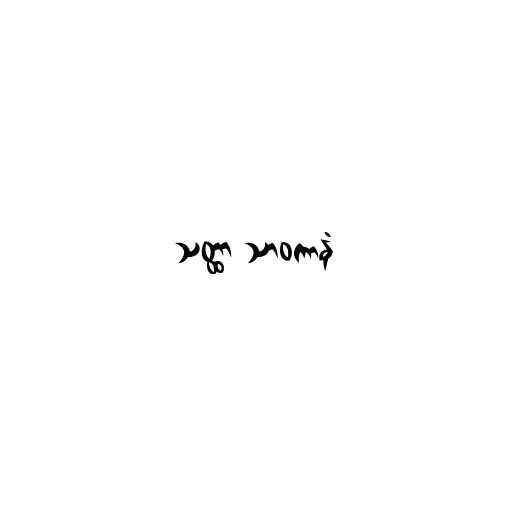
သတ္ထာ သာဝကာနံ